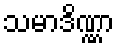
သမာဒိဏ္ဏာ